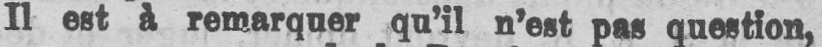
Il est à remarquer qu’il n’est pas question,